Lunatic asylums Bombay report 1891-1903 - 1891-1903
Year: 1891
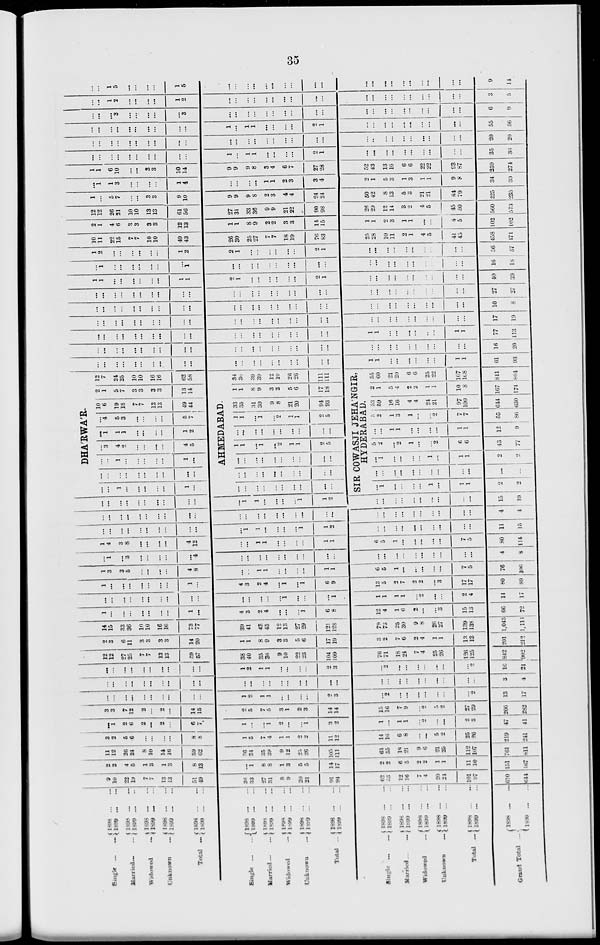
35
Single ... ...
Married ... ...
Widowed
...
Unknown ...
Total
...
1898 ... ...
1899 ... ...
1898 ... ...
1899 ... ...
1898 ... ...
1899 ... ...
1898 ... ...
1899 ... ...
1898 ... ...
1899 ... ...
Single
...
...
Married
...
...
Widowed ...
Unknown ...
Total
...
1898 ... ...
1899 ... ...
1898 ... ...
1899
...
...
1898 ... ...
1899 ... ...
l898
...
...
1899 ... ...
1898 ... ...
1899 ... ...
Single
...
...
Married
...
...
Widowed
...
Unknown
...
Total ...
Grand Total ...
1898
...
...
1899 ... ...
1898 ... ...
1899 ... ...
1898 ... ...
1899 ... ...
1898
...
...
1899 ... ...
1898 ... ...
1899 ... ...
1898 ... ...
1899 ... ...
9
10
22
19
7
7
13
13
51
49
2
2
4
5
1
3
1
3
8
13
11
12
26
24
8
10
14
16
59
62
3
2
5
6
...
...
...
...
8
8
...
1
2
6
2
...
2
...
6
7
3
3
7
12
2
...
2
...
14
15
...
...
...
...
...
...
...
...
...
...
...
...
...
...
...
...
...
...
...
...
...
...
...
...
...
...
...
...
...
...
12
12
27
25
7
7
13
13
59
57
2
3
6
11
3
3
3
3
14
20
14
15
33
36
10
10
16
16
73
77
1
...
...
...
...
...
...
...
1
...
...
...
...
...
...
...
...
...
...
...
1
...
...
...
...
...
...
...
1
...
1
3
3
5
...
...
...
...
4
8
...
1
...
3
...
...
...
...
...
4
1
4
3
8
...
...
...
...
4
12
...
...
...
...
...
...
...
...
...
...
...
...
...
...
...
...
...
...
...
...
...
...
...
...
...
...
...
...
...
...
...
...
1
...
...
...
...
...
1
...
...
...
...
...
...
...
...
...
...
...
36
33
27
31
8
9
20
21
91
94
...
1
8
8
1
3
5
5
14
17
36
34
35
39
9
12
25
26
105
111
1
5
7
4
1
1
2
2
11
12
1
...
...
1
2
...
...
1
3
2
2
5
7
5
3
1
2
3
14
14
1
2
1
1
...
...
...
...
2
3
...
...
...
...
...
...
...
...
...
...
1
2
1
1
...
...
...
...
2
3
38
40
35
36
9
10
22
23
104
109
1
1
8
9
3
3
5
6
17
19
39
41
43
45
12
13
27
29
121
128
4
3
2
4
...
...
...
1
6
8
...
...
...
...
...
1
...
...
...
1
4
3
2
4
...
1
...
1
6
9
...
...
1
1
...
...
...
...
1
1
...
...
...
...
...
...
...
...
...
...
...
...
1
1
...
...
...
...
1
1
...
1
1
...
...
...
...
1
1
2
...
...
...
...
...
...
...
...
...
...
...
1
1
...
...
...
...
1
1
2
62
53
12
16
7
4
20
24
101
97
610
644
2
2
6
5
2
2
1
1
11
10
151
167
64
55
18
21
9
6
21
25
112
107
761
811
14
16
6
8
...
...
5
2
25
26
219
241
1
...
1
1
...
2
...
..
2
3
47
41
15
16
7
9
...
2
5
2
27
29
266
282
...
2
...
...
...
...
...
...
...
2
13
17
...
...
...
...
...
...
...
...
...
...
3
4
...
2
...
...
...
...
...
...
...
2
16
21
76
71
18
24
7
4
25
26
126
25
842
902
3
2
7
6
2
4
1
1
13
13
201
212
79
73
25
30
9
8
26
27
139
138
1,043
1,114
12
4
1
6
2
...
...
3
15
13
66
72
1
1
1
1
...
2
...
...
2
4
14
17
13
5
2
7
2
2
...
3
17
17
80
89
6
5
1
...
...
...
...
...
7
5
76
106
...
...
...
...
...
...
...
...
...
...
4
8
6
5
1
...
...
...
...
...
7
5
80
114
...
...
...
...
...
...
...
...
...
...
11
15
...
...
...
...
...
...
...
...
...
...
4
4
...
...
...
...
...
...
...
...
...
...
15
19
...
...
...
...
...
...
...
...
...
...
...
...
...
...
...
...
...
...
...
...
DHA'RWA'R.
...
...
1
...
...
...
...
...
1
...
...
3
4
2
...
...
...
...
4
5
...
1
1
1
...
...
...
...
1
2
...
4
5
3
...
...
...
...
5
7
10
6
19
18
7
7
13
13
49
44
AHMEDABAD.
...
...
...
...
...
...
...
...
...
...
1
1
...
1
...
2
1
1
2
5
...
...
...
...
...
...
...
...
...
...
1
1
...
1
...
2
1
1
2
5
33
35
31
30
9
8
21
20
94
93
2
1
5
7
3
3
3
3
13
14
12
7
24
25
10
10
16
16
62
58
...
...
...
...
...
...
...
...
...
...
...
...
...
...
...
...
...
...
...
...
...
...
...
...
...
...
...
...
...
...
...
...
...
...
...
...
...
...
...
...
...
...
...
...
...
...
...
...
...
...
...
...
...
...
...
...
...
...
...
...
1
1
...
...
...
...
...
...
1
1
...
1
...
...
...
...
...
...
...
1
1
2
...
...
...
...
...
...
1
2
10
11
22
15
7
7
10
10
49
43
2
1
4
6
3
3
3
3
12
13
12
12
26
21
10
10
13
13
61
56
1
...
5
7
...
...
3
3
9
10
...
1
1
3
...
...
...
...
1
4
1
1
6
10
...
...
3
3
10
14
...
...
...
...
...
...
...
...
...
...
...
...
...
...
...
...
...
...
...
...
...
...
...
...
...
...
...
...
...
...
...
...
...
3
...
...
...
...
...
3
...
...
1
2
...
...
...
...
1
2
...
...
1
5
...
...
...
...
1
5
1
1
8
9
3
2
5
6
17
18
34
36
39
39
12
10
26
26
111
111
SIR COWASJI JEHA'NGIR,
HYDERABAD.
...
1
...
...
...
...
1
...
1
1
2
2
...
...
...
...
...
...
...
...
...
...
...
...
...
1
...
...
...
...
1
...
1
1
2
2
5
2
...
2
1
...
...
2
6
6
43
77
...
...
1
1
...
...
...
...
1
1
12
9
5
2
1
3
1
...
...
2
7
7
55
86
53
59
16
16
4
4
24
21
97
100
644
630
2
1
5
4
2
2
1
1
10
8
167
174
55
60
21
20
6
6
25
22
107
108
811
804
...
...
...
...
...
...
...
...
...
...
...
...
...
...
...
...
...
...
...
...
...
...
...
...
...
...
...
...
...
...
...
...
...
...
...
...
...
...
...
...
...
...
...
...
...
...
...
...
...
...
...
...
...
...
...
...
...
...
...
...
2
1
...
...
...
...
...
...
2
1
...
...
...
...
...
...
...
...
...
...
2
1
...
...
...
...
...
...
2
1
26
30
25
27
7
7
18
19
76
83
1
1
8
9
2
2
3
3
14
15
27
31
33
36
9
9
21
22
90
98
9
9
9
8
2
3
4
4
24
24
...
...
...
...
1
1
2
3
3
4
9
9
9
8
3
4
6
7
27
28
1
...
1
1
...
...
...
...
2
1
...
...
...
...
...
...
...
...
...
...
1
...
1
1
...
...
...
...
2
1
...
...
...
...
...
...
...
...
...
...
...
...
...
...
...
...
...
...
...
...
...
...
...
...
...
...
...
...
...
1
1
...
...
...
...
...
...
1
1
61
93
...
...
...
...
...
...
...
...
...
...
16
20
1
1
...
...
...
...
...
...
1
1
77
113
...
...
...
...
...
...
...
...
...
...
17
19
...
...
...
...
...
...
...
...
...
...
10
8
...
...
...
...
...
...
...
...
...
...
27
27
...
...
...
...
...
...
...
...
...
...
40
39
...
...
...
...
...
...
...
...
...
...
16
18
...
...
...
...
...
...
...
...
...
...
56
57
25
28
10
11
2
1
4
5
41
45
458
171
1
1
2
3
1
1
...
...
4
5
102
402
26
29
12
14
3
2
4
5
45
50
560
573
50
42
8
13
5
3
21
21
84
79
225
235
2
1
5
3
1
3
1
1
9
8
34
39
52
43
13
16
6
6
22
22
93
87
259
274
...
...
...
...
...
...
...
...
...
...
35
36
...
...
...
...
...
...
...
...
...
...
20
20
...
...
...
...
...
...
...
...
...
...
55
56
...
...
...
...
...
...
...
...
...
...
6
9
...
...
...
...
...
...
...
...
...
...
3
5
...
...
...
...
...
...
...
...
...
...
9
14